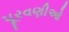
પૂરવણીઓ